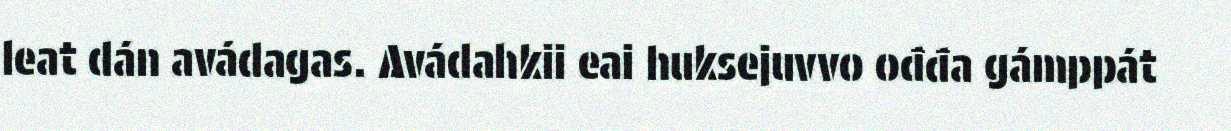
leat dán avádagas. Avádahkii eai huksejuvvo ođđa gámppát